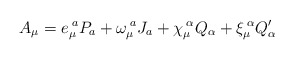
\begin{align*}A_{\mu}=e_{\mu}^{\;a}P_{a}+\omega_{\mu}^{\;a}J_{a}+\chi_{\mu}^{\;\alpha}Q_{\alpha}+\xi_{\mu}^{\;\alpha}Q'_{\alpha}\end{align*}